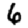
Digit: 6